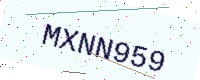
Text: MXNN959